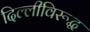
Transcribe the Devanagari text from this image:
दिल्लीविरूद्ध